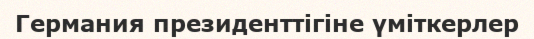
Германия президенттігіне үміткерлер